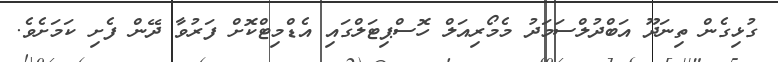
ގުޅިގެން ތިނަދޫ އަބްދުލްސަމަދު މެމޯރިއަލް ހޮސްޕިޓަލްގައި އެޑްމިޓްކޮށް ފަރުވާ ދޭން ފެށި ކަމަށެވެ.